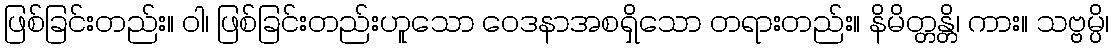
ဖြစ်ခြင်းတည်း။ ဝါ၊ ဖြစ်ခြင်းတည်းဟူသော ဝေဒနာအစရှိသော တရားတည်း။ နိမိတ္တန္တိ၊ ကား။ သဗ္ဗမ္ပိ၊